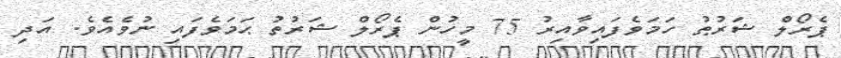
ޕެރޯލް ޝަރުޠު ހަމަވެފައިވާއިރު 75 މީހުން ޕެރޯލް ޝަރުތު ޙަމަވެފައި ނުވެއެވެ. އަދި